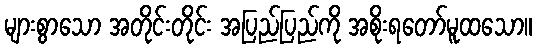
များစွာသော အတိုင်းတိုင်း အပြည်ပြည်ကို အစိုးရတော်မူထသော။